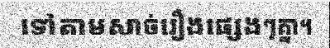
ទៅតាមសាច់រឿងផ្សេងៗគ្នា។